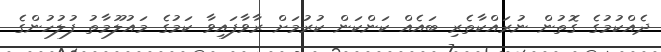
ދެއްކުމުގެ ގޮތުން ނުރައްކާތެރި ބައެެއް ކަންކަން ކުރުމަށް ރާވާފައިވާ ކަމުގެ މައުލޫމާތު ފުލުހުންގެ